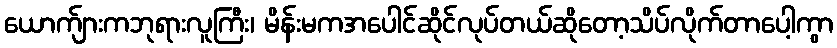
ယောက်ျားကဘုရားလူကြီး၊ မိန်းမကအပေါင်ဆိုင်လုပ်တယ်ဆိုတော့သိပ်လိုက်တာပေါ့ကွာ